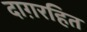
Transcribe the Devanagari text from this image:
दाग़रहित